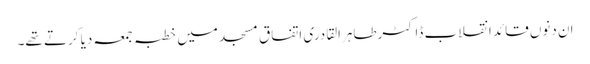
ان دنوں قائد انقلاب ڈاکٹرطاہرالقادری اتفاق مسجد میں خطبہ جمعہ دیا کرتے تھے۔